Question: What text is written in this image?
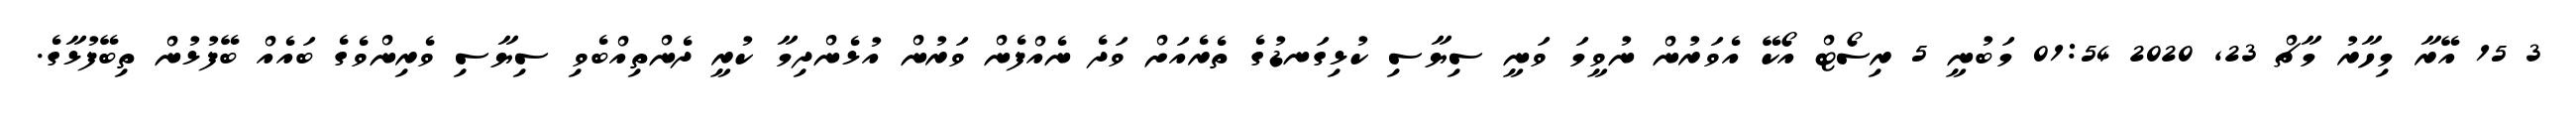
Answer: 3 15 އޭރާ މިހާރު މާޗް 23, 2020 01:54 މަބުނީ 5 ރިސޯޓް އޯކޭ އެވަރުން ނުވީމަ ވަނީ ސިޔާސި ކުޅިގަނޑުގެ ތެރެއަށް ވަދެ ނެއްފެން ވަރުން އުޅެންދިމާ ކުރީ ދެންތިއްބެވި ސިޔާސި ވެރިންވެގެ ބައެއް ބޭފުޅުން ތިބޭފުޅާގެ.